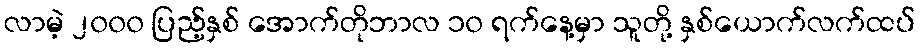
လာမဲ့ ၂၀၀၀ ပြည့်နှစ် အောက်တိုဘာလ ၁၀ ရက်နေ့မှာ သူတို့ နှစ်ယောက်လက်ထပ်